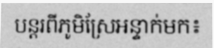
បន្តរពីភូមិស្រែអន្ទាក់មក៖